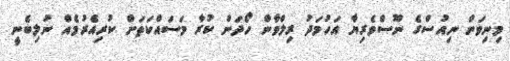
މިނިވަން ނިއުސްގެ ނޫސްވެރިޔާ އަހުމަދު ރިލްވާން ހޯދަން ކުރާ މަސައްކަތަށް ކުރިއެރުމެއް ނުލިބެނީ